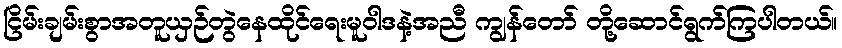
ငြိမ်းချမ်းစွာအတူယှဉ်တွဲနေထိုင်ရေးမူဝါဒနဲ့အညီ ကျွန်တော် တို့ဆောင်ရွက်ကြပါတယ်။